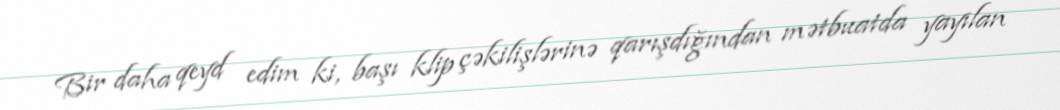
Bir daha qeyd edim ki, başı klip çəkilişlərinə qarışdığından mətbuatda yayılan